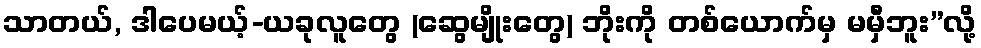
သာတယ်, ဒါပေမယ့်-ယခုလူတွေ (ဆွေမျိုးတွေ) ဘိုးကို တစ်ယောက်မှ မမှီဘူး”လို့